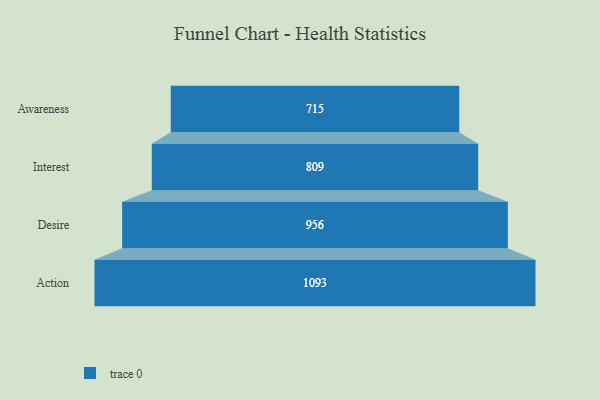
{"axis": {"x": "Stage", "y": "Value"}, "legend": [""], "data": [{"x": "Awareness", "y": 715.0, "type": ""}, {"x": "Interest", "y": 809.0, "type": ""}, {"x": "Desire", "y": 956.0, "type": ""}, {"x": "Action", "y": 1093.0, "type": ""}]}